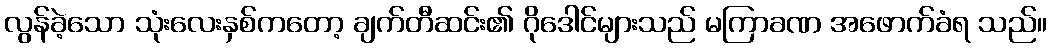
လွန်ခဲ့သော သုံးလေးနှစ်ကတော့ ချက်တီဆင်း၏ ဂိုဒေါင်များသည် မကြာခဏ အဖောက်ခံရ သည်။